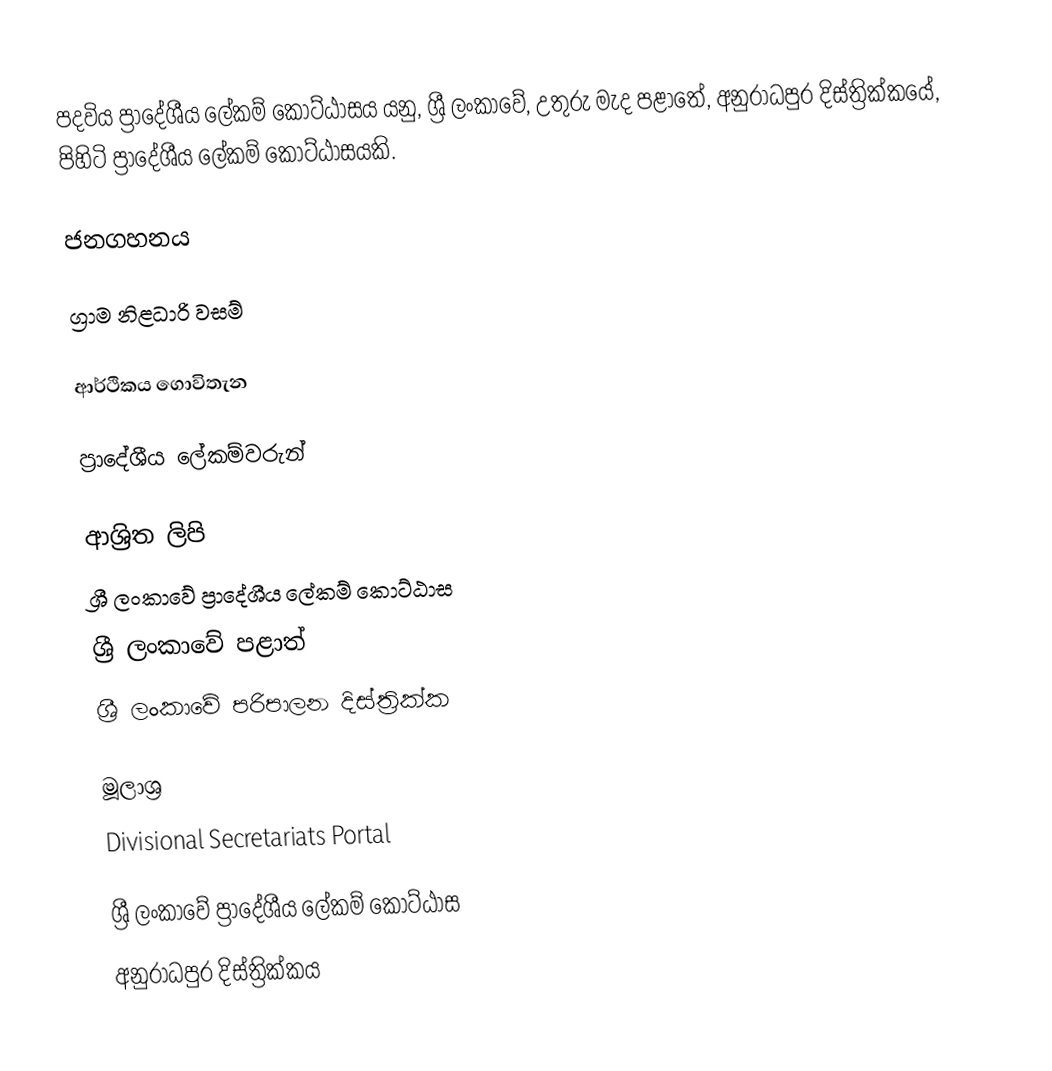
පදවිය ප්‍රාදේශීය ලේකම් කොට්ඨාසය යනු,  ශ්‍රී ලංකාවේ,  උතුරු මැද පළාතේ,   අනුරාධපුර දිස්ත්‍රික්කයේ, පිහිටි ප්‍රාදේශීය ලේකම් කොට්ඨාසයකි.

ජනගහනය

ග්‍රාම නිළධාරි වසම්

ආර්ථිකය  ගොවිතැන

ප්‍රාදේශීය ලේකම්වරුන්

ආශ්‍රිත ලිපි
ශ්‍රී ලංකාවේ ප්‍රාදේශීය ලේකම් කොට්ඨාස
ශ්‍රී ලංකාවේ පළාත්
ශ්‍රී ලංකාවේ පරිපාලන දිස්ත්‍රික්ක

මූලාශ්‍ර
 Divisional Secretariats Portal

ශ්‍රී ලංකාවේ ප්‍රාදේශීය ලේකම් කොට්ඨාස
අනුරාධපුර දිස්ත්‍රික්කය